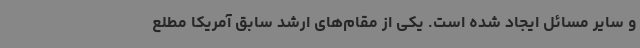
و سایر مسائل ایجاد شده است. یکی از مقام‌های ارشد سابق آمریکا مطلع